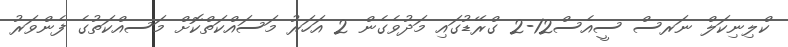
ކްލިނިކަލް ނަރސް ސީއެސް12-2 ގްރޭޑުގައި މަދުވެގެން 2 އަހަރު މަސައްކަތްކޮށް މަސއްކަތުގެ ފެންވަރު